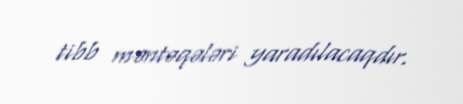
tibb məntəqələri yaradılacaqdır.